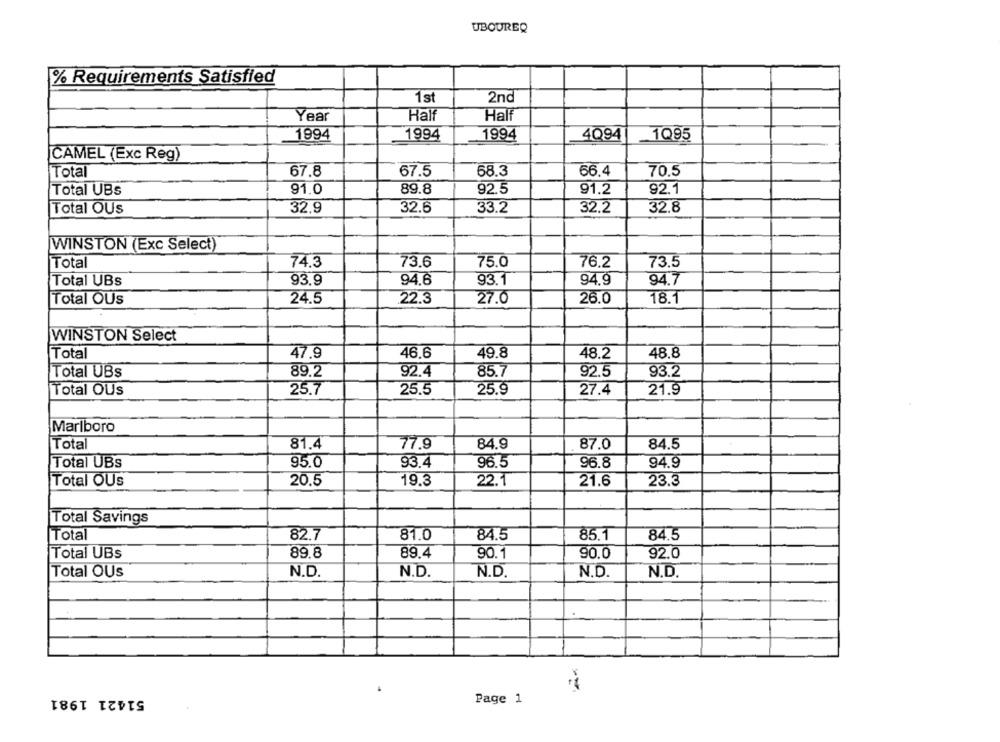
UBOUREQ
% Requirements Satisfied
1st
2nd
Year
Half
Half
1994
1994
1994
4Q94
1Q95
CAMEL (Exc Reg)
Total
67.8
67.5
68.3
66.4
70.5
Total UBs
91.0
89.8
92.5
91.2
92.1
Total OUs
32,9
32.6
33.2
32.2
32.8
WINSTON (Exc Select)
Total
74.3
73.6
75.0
76.2
73.5
Total UBs
93.9
94.6
93.1
94.9
94.7
Total OUs
24.5
22.3
27.0
26.0
18.1
WINSTON Select
Total
47.9
46,6
49.8
48.2
48.8
Total UBs
89.2
92.4
85.7
92.5
93.2
Total OUs
25.7
25.5
25.9
27.4
21.9
Marlboro
Total
81.4
77.9
84.9
87.0
84.5
Total UBs
95.0
93.4
96.5
96.8
94.9
Total OUs
20.5
19.3
22.1
21.6
23.3
Total Savings
82.7
Total
81.0
84.5
85.1
84.5
Total UBs
89.8
89.4
90.1
90.0
92.0
Total OUs
N.D.
N.D.
N.D.
N.D.
N.D.
51421 1981
Page 1